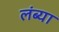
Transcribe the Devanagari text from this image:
लंब्या